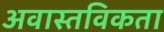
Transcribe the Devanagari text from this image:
अवास्तविकता